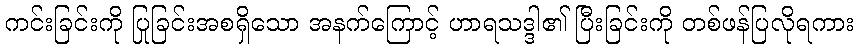
ကင်းခြင်းကို ပြုခြင်းအစရှိသော အနက်ကြောင့် ဟာရသဒ္ဒါ၏ ပြီးခြင်းကို တစ်ဖန်ပြလိုရကား